Indian journal of veterinary science and animal husbandry - Volume 4,
Year: 1934
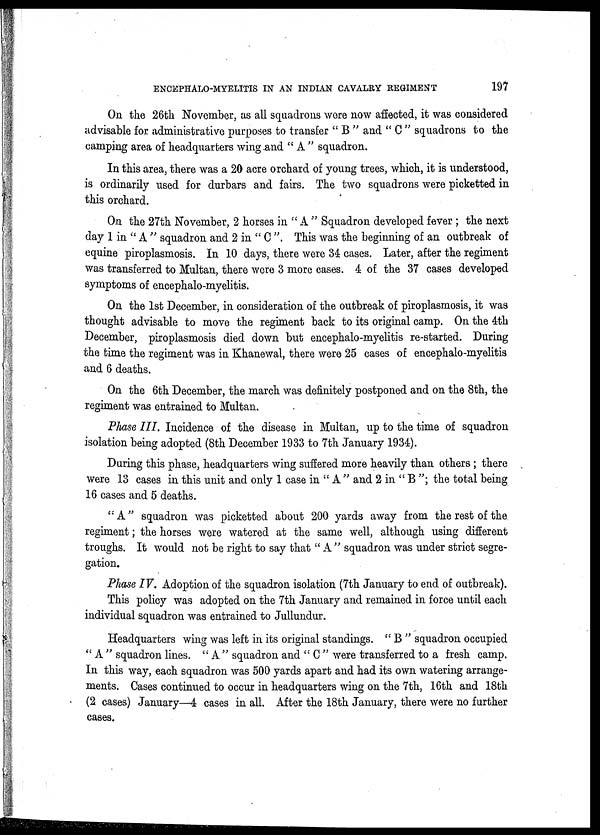
ENCEPHALO-MYELITIS IN AN INDIAN CAVALRY REGIMENT
197
On the 26th November, as all squadrons were now affected, it was considered
advisable for administrative purposes to transfer " B " and " C " squadrons to the
camping area of headquarters wing and " A " squadron.
In this area, there was a 20 acre orchard of young trees, which, it is understood,
is ordinarily used for durbars and fairs. The two squadrons were picketted in
this orchard.
On the 27th November, 2 horses in " A " Squadron developed fever ; the next
day 1 in " A " squadron and 2 in " C ". This was the beginning of an outbreak of
equine piroplasmosis. In 10 days, there were 34 cases. Later, after the regiment
was transferred to Multan, there were 3 more cases. 4 of the 37 cases developed
symptoms of encephalo-myelitis.
On the 1st December, in consideration of the outbreak of piroplasmosis, it was
thought advisable to move the regiment back to its original camp. On the 4th
December, piroplasmosis died down but encephalo-myelitis re-started. During
the time the regiment was in Khanewal, there were 25 cases of encephalo-myelitis
and 6 deaths.
On the 6th December, the march was definitely postponed and on the 8th, the
regiment was entrained to Multan.
Phase III. Incidence of the disease in Multan, up to the time of squadron
isolation being adopted (8th December 1933 to 7th January 1934).
During this phase, headquarters wing suffered more heavily than others; there
were 13 cases in this unit and only 1 case in " A " and 2 in " B "; the total being
16 cases and 5 deaths.
" A" squadron was picketted about 200 yards away from the rest of the.
regiment; the horses were watered at the same well, although using different
troughs. It would not be right to say that "A" squadron was under strict segre-
gation.
Phase IV. Adoption of the squadron isolation (7th January to end of outbreak).
This policy was adopted on the 7th January and remained in force until each
individual squadron was entrained to Jullundur.
Headquarters wing was left in its original standings. " B " squadron occupied
" A " squadron lines. " A " squadron and " C " were transferred to a fresh camp.
In this way, each squadron was 500 yards apart and had its own watering arrange-
ments. Cases continued to occur in headquarters wing on the 7th, 16th and 18th
(2 cases) January—4 cases in all. After the 18th January, there were no further
cases.